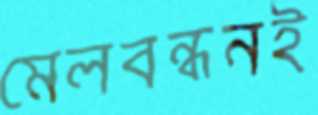
মেলবন্ধনই